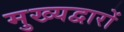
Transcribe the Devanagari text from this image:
मुख्यद्वारों